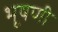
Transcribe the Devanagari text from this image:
भूषणी